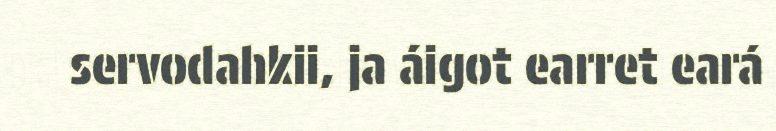
servodahkii, ja áigot earret eará